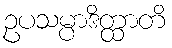
ဥပသမ္ပာဒိတ္ထာတိ